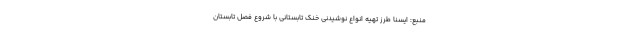
منبع: ایسنا طرز تهیه انواع نوشیدنی خنک تابستانی با شروع فصل تابستان